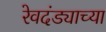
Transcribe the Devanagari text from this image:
रेवदंड्याच्या